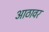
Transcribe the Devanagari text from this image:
आठावर